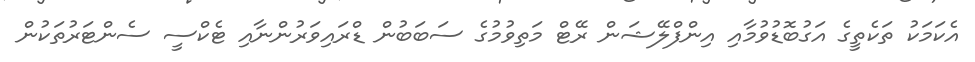
އެކަމަކު ތަކެތީގެ އަގުބޮޑުވުމާއި އިންފްލޭޝަން ރޭޓް މަތިވުމުގެ ސަބަބުން ޑްރައިވަރުންނާއި ޓެކްސީ ސެންޓަރުތަކުން